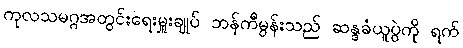
ကုလသမဂ္ဂအတွင်းရေးမှူးချုပ် ဘန်ကီမွန်းသည် ဆန္ဒခံယူပွဲကို ရက်